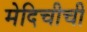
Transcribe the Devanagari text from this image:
मेदिचीची